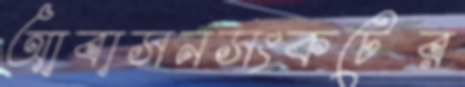
আবাসনসংকটের